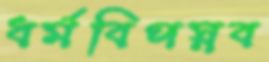
ধর্মবিপস্নব